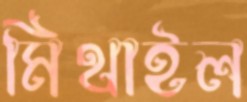
মিথাইল